Annual report of the Punjab Veterinary College and of the Civil Veterinary Department, Punjab - 1926-1932
Year: 1926
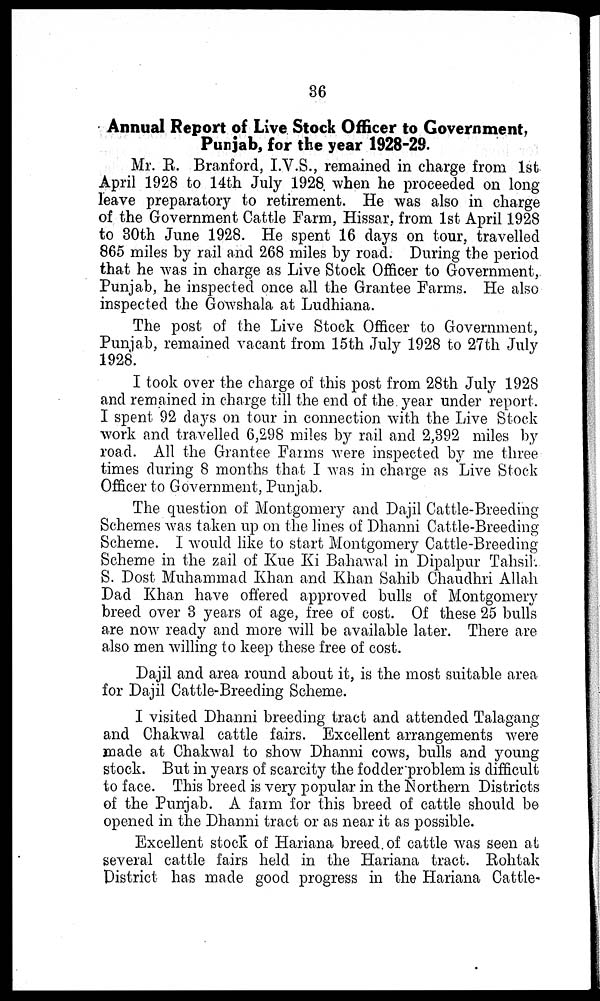
36
Annual Report of Live Stock Officer to Government,
Punjab, for the year 1928-29.
Mr. R. Branford, I.V.S., remained in charge from 1st
April 1928 to 14th July 1928 when he proceeded on long
leave preparatory to retirement. He was also in charge
of the Government Cattle Farm, Hissar, from 1st April 1928
to 30th June 1928. He spent 16 days on tour, travelled
865 miles by rail and 268 miles by road. During the period
that he was in charge as Live Stock Officer to Government,
Punjab, he inspected once all the Grantee Farms. He also
inspected the Gowshala at Ludhiana.
The post of the Live Stock Officer to Government,
Punjab, remained vacant from 15th July 1928 to 27th July
1928.
I took over the charge of this post from 28th July 1928
and remained in charge till the end of the year under report.
I spent 92 days on tour in connection with the Live Stock
work and travelled 6,298 miles by rail and 2,392 miles by
road. All the Grantee Farms were inspected by me three
times during 8 months that I was in charge as Live Stock
Officer to Government, Punjab.
The question of Montgomery and Dajil Cattle-Breeding
Schemes was taken up on the lines of Dhanni Cattle-Breeding
Scheme. I would like to start Montgomery Cattle-Breeding
Scheme in the zail of Kue Ki Bahawal in Dipalpur Tahsil.
S. Dost Muhammad Khan and Khan Sahib Chaudhri Allah
Dad Khan have offered approved bulls of Montgomery
breed over 3 years of age, free of cost. Of these 25 bulls
are now ready and more will be available later. There are
also men willing to keep these free of cost.
Dajil and area round about it, is the most suitable area
for Dajil Cattle-Breeding Scheme.
I visited Dhanni breeding tract and attended Talagang
and Chakwal cattle fairs. Excellent arrangements were
made at Chakwal to show Dhanni cows, bulls and young
stock. But in years of scarcity the fodder problem is difficult
to face. This breed is very popular in the Northern Districts
of the Punjab. A farm for this breed of cattle should be
opened in the Dhanni tract or as near it as possible.
Excellent stock of Hariana breed of cattle was seen at
several cattle fairs held in the Hariana tract. Rohtak
District has made good progress in the Hariana Cattle-